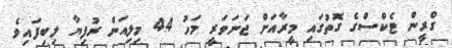
ގްރީން ޓެކްސްގެ ގޮތުގައި މީރާއަށް ޖަނަވަރީ މަހު 44 މިލިއަން ރުފިޔާ ލިބިފައިވެ